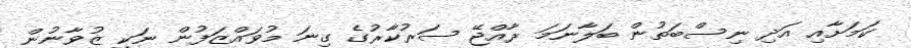
ކަމަށާއި އަދި ނިސްބަތުން ބަލާނަމަ ރާއްޖޭ ސަރުކާރުގެ ގިނަ މުވައްޒަފުން ނަކީ ޒުވާނުން